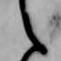
え